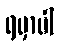
ရမှာပါ